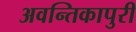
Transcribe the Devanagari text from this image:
अवन्तिकापुरी